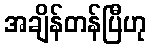
အချိန်တန်ပြီဟု